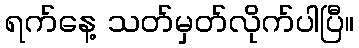
ရက်နေ့ သတ်မှတ်လိုက်ပါပြီ။